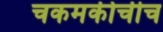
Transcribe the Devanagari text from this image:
चकमकीचीच